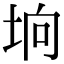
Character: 垧